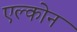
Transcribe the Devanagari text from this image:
एल्कोन